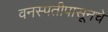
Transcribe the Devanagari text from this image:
वनस्पतीपासूनचे